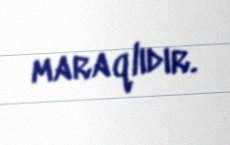
maraqlıdır.